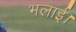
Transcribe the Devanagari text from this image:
भलाई।